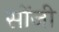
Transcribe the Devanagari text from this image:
सोंजी